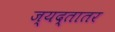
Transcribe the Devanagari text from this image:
ज्यद्तातर